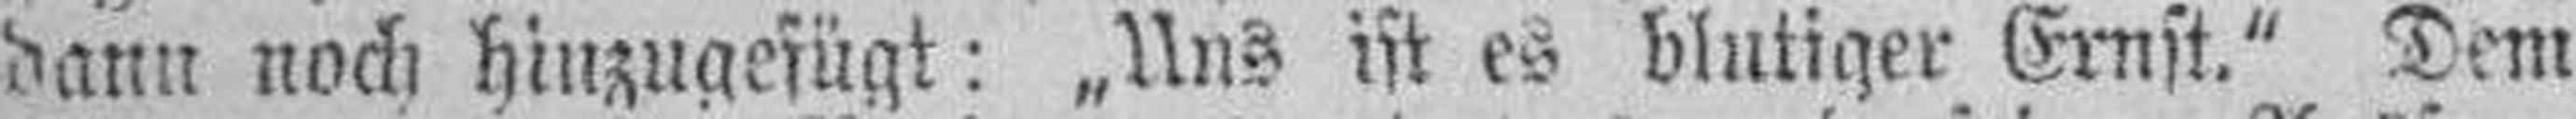
dann noch hinzugefügt: „Uns ist es blutiger Ernst.“ Dem